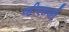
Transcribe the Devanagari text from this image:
व्हीएसजी